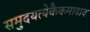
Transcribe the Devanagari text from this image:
समुदयत्येकैकमादाय